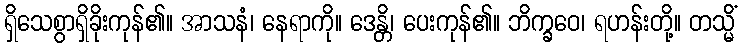
ရှိသေစွာရှိခိုးကုန်၏။ အာသနံ၊ နေရာကို။ ဒေန္တိ၊ ပေးကုန်၏။ ဘိက္ခဝေ၊ ရဟန်းတို့။ တသ္မိံ